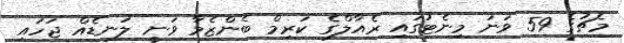
މެޗުގެ 59 ވަނަ މިނެޓުގައި ރެއާލްގެ ކަރިމް ބެންޒެމާ ވަނީ ލަނޑެއް ޖަހައި